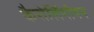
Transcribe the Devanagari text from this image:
कैरोलिंगीयन